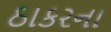
ઠાકરના